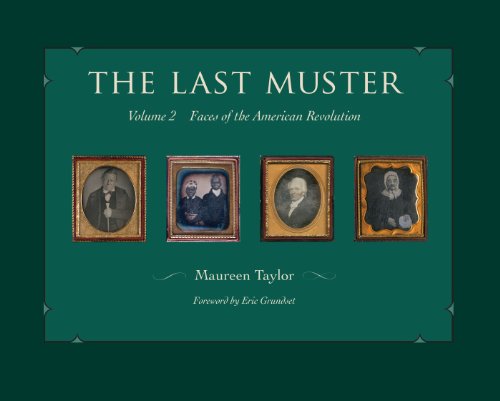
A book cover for The Last Muster, Volume 2: Faces of the American Revolution; Maureen Taylor; Arts & Photography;